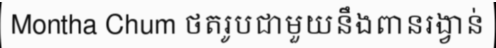
Montha Chum ថតរូបជាមួយនឹងពានរង្វាន់